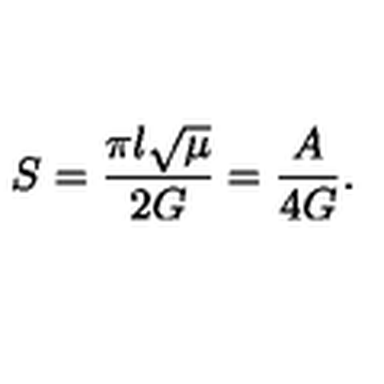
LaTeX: S = \frac { \pi l \sqrt { \mu } } { 2 G } = \frac { A } { 4 G } .